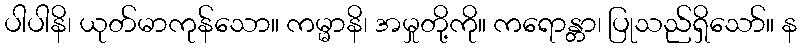
ပါပါနိ၊ ယုတ်မာကုန်သော။ ကမ္မာနိ၊ အမှုတို့ကို။ ကရောန္တာ၊ ပြုသည်ရှိသော်။ န